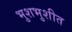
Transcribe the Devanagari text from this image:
भुशभुशीत